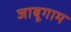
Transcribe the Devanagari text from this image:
जाबूगाम